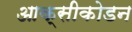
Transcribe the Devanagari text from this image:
आक्सीकोडन